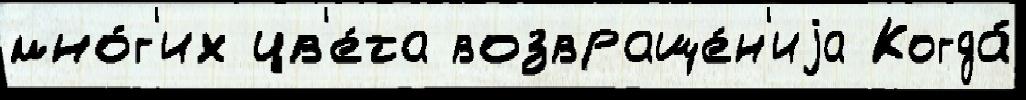
мно́г'их цв'е́та возвраще́н'иjа Когда́